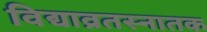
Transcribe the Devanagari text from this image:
विद्याव्रतस्नातक